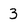
Character: 3